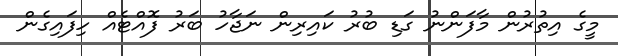
މީގެ އިތުރުން މާފަންނު ގަޑި ބުރު ކައިރިން ނަޖާހު ބަރު ފޮއްޓެއް ހިފައިގެން